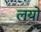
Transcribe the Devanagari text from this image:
लयो